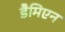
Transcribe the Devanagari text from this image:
डैमिएन